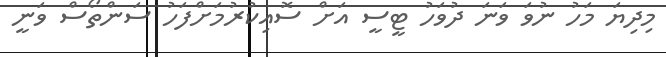
މިދިޔަ މަހު ނުވަ ވަނަ ދުވަހު ޓީސީ އަށް ސޮއިކުރުމަށްފަހު ސަންތޯސް ވަނީ